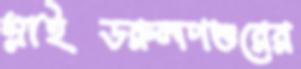
স্লাইডরুলপশুরের